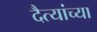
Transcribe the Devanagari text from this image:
दैत्यांच्या